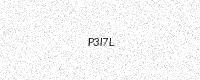
Text: P3I7L